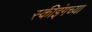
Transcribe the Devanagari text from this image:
स्कीइंगच्या